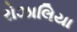
રોઝાલિયા